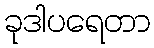
ခုဒါပရေတာ